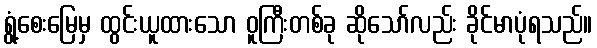
ရွံ့စေးမြေမှ ထွင်းယူထားသော ဝူကြီးတစ်ခု ဆိုသော်လည်း ခိုင်မာပုံရသည်။